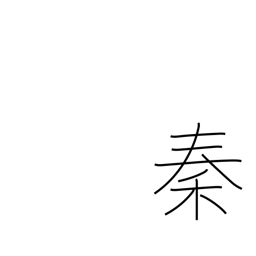
Meaning: name given to naturalized foreigners